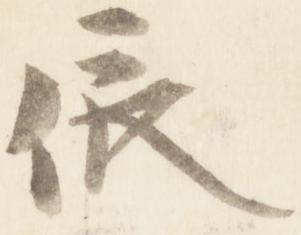
依